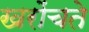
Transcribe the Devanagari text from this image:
खरोंचते